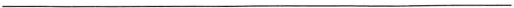
___